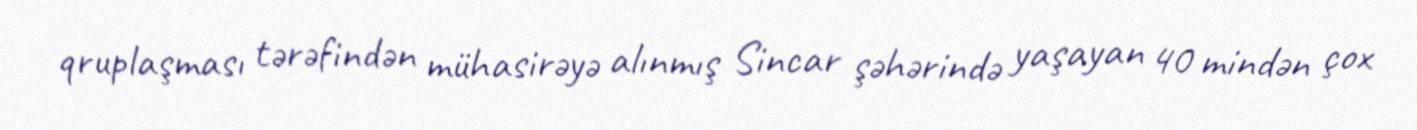
qruplaşması tərəfindən mühasirəyə alınmış Sincar şəhərində yaşayan 40 mindən çox